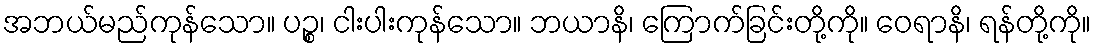
အဘယ်မည်ကုန်သော။ ပဉ္စ၊ ငါးပါးကုန်သော။ ဘယာနိ၊ ကြောက်ခြင်းတို့ကို။ ဝေရာနိ၊ ရန်တို့ကို။